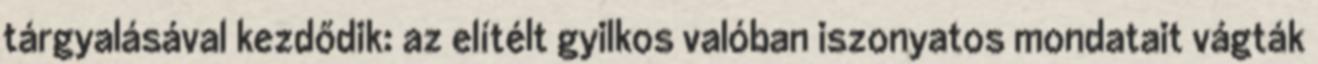
tárgyalásával kezdődik: az elítélt gyilkos valóban iszonyatos mondatait vágták